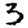
Digit: 3